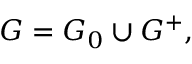
G = G _ { 0 } \cup G ^ { + } ,